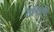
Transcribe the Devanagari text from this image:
ठगिनी